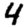
Digit: 4